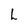
Character: L